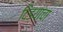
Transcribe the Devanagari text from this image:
दिंड्यांचा